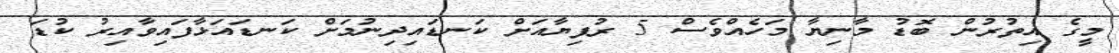
މީގެ އިތުރުން ބޮޑު މާނިޔާ މަހެއްވެސް 5 ރުފިޔާއަށް ކަނޑައިދިނުމަށް ކަނޑައަޅާފައިވާއިރު ކުޑަ